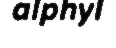
alphyl